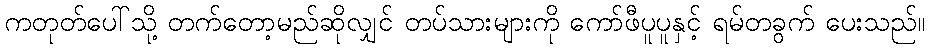
ကတုတ်ပေါ်သို့ တက်တော့မည်ဆိုလျှင် တပ်သားများကို ကော်ဖီပူပူနှင့် ရမ်တခွက် ပေးသည်။